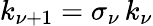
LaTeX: k_{\nu+1}=\sigma_{\nu}\, k_{\nu}